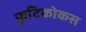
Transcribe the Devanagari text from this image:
फ्रुटिकोकस